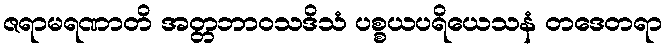
ဇရာမရဏာတိ အတ္တဘာဝသဒိသံ ပစ္စယပရိယေသနံ တဒေတရာ